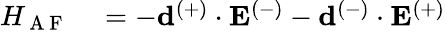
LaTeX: \begin{array}{rl}{H_{\mathrm{~A~F~}}}&{{}=-\mathbf{d}^{(+)}\cdot\mathbf{E}^{(-)}-\mathbf{d}^{(-)}\cdot\mathbf{E}^{(+)}}\end{array}